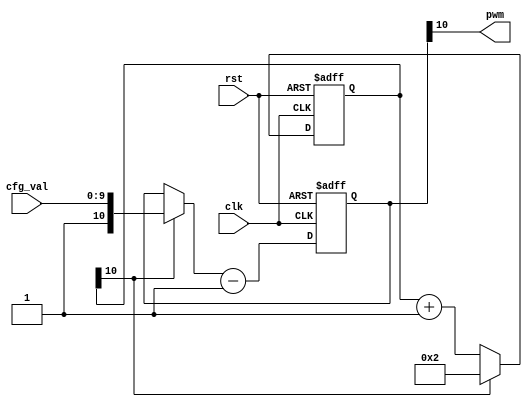
/*
 * pwm.v
 *
 * CERN Open Hardware Licence v1.2 - See LICENSE
 *
 * Copyright (C) 2018  Sylvain Munaut
 *
 * vim: ts=4 sw=4
 */

`default_nettype none

module pwm #(
	parameter integer WIDTH = 10
)(
	// PWM out
	output wire pwm,

	// Config
	input wire [WIDTH-1:0] cfg_val,

	// Clock / Reset
	input wire  clk,
	input wire  rst
);
	wire [WIDTH:0] cnt_cycle_rst;
	reg [WIDTH:0] cnt_cycle;
	reg [WIDTH:0] cnt_on;

	assign cnt_cycle_rst = { { (WIDTH-1){1'b0} }, 2'b10 };

	always @(posedge clk or posedge rst)
		if (rst)
			cnt_cycle <= cnt_cycle_rst;
		else
			cnt_cycle <= cnt_cycle[WIDTH] ? cnt_cycle_rst : (cnt_cycle + 1);

	always @(posedge clk or posedge rst)
		if (rst)
			cnt_on <= 0;
		else
			cnt_on <= (cnt_cycle[WIDTH] ? { 1'b1, cfg_val } : cnt_on) - 1;

	assign pwm = cnt_on[WIDTH];

endmodule // pwm